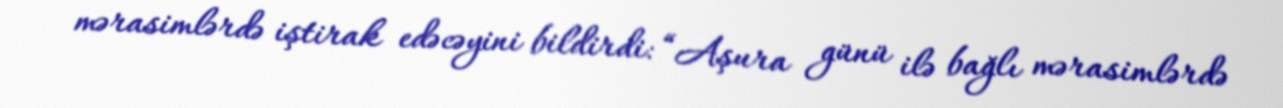
mərasimlərdə iştirak edəcəyini bildirdi: “Aşura günü ilə bağlı mərasimlərdə